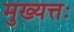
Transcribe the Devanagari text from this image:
मुख्यत्तः